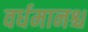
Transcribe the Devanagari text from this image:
वर्धमानश्च